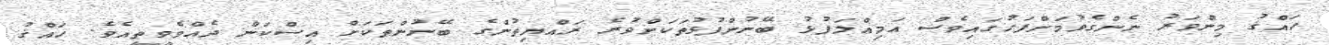
ހައްޤު މިންވަރު ނެންގެވުމަށްފަހުގައިވެސް އަމިއްލަފުޅު ބޭނުންފުޅުތަކަށްވުރެ ރައްޔިތުންގެ ބޭނުންތަކަށް އިސްކަން ދެއްވެވީތީއެވެ. ހައްޤު